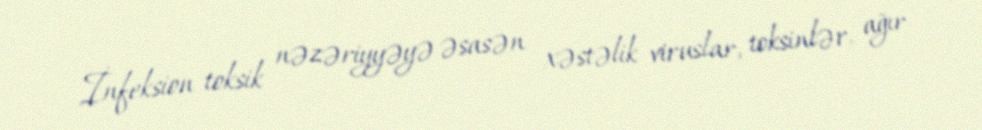
İnfeksion toksik nəzəriyyəyə əsasən xəstəlik viruslar, toksinlər, ağır